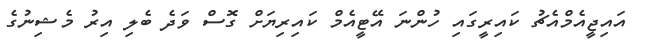
އައިޖީއެމްއެޗު ކައިރީގައި ހުންނަ އޭޓީއެމް ކައިރިޔަށް ގޮސް ވަދެ ބެލި އިރު މެޝިނުގެ